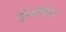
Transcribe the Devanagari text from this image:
कुजणारा